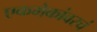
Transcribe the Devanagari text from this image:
एकमेकांवरचं